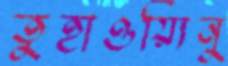
তুহাওয়্যিনু